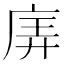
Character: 㢅